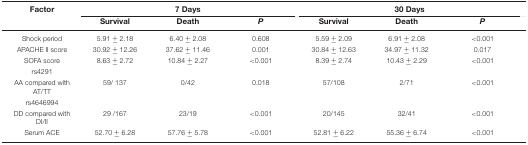
| Factor | <COLSPAN=3> 7 Days | <COLSPAN=3> 30 Days |
 |  | Survival | Death | P | Survival | Death | P |
 | --- | --- | --- | --- | --- | --- | --- |
 | Shock period | 5.91 ± 2.18 | 6.40 ± 2.08 | 0.608 | 5.59 ± 2.09 | 6.91 ± 2.08 | <0.001 |
 | APACHE II score | 30.92 ± 12.26 | 37.62 ± 11.46 | 0.001 | 30.84 ± 12.63 | 34.97 ± 11.32 | 0.017 |
 | SOFA score | 8.63 ± 2.72 | 10.84 ± 2.27 | <0.001 | 8.39 ± 2.74 | 10.43 ± 2.29 | <0.001 |
 | rs4291 |  |  |  |  |  |  |
 | AA compared with AT/TT | 59/ 137 | 0/42 | 0.018 | 57/108 | 2/71 | <0.001 |
 | rs4646994 |  |  |  |  |  |  |
 | DD compared with DI/II | 29 /167 | 23/19 | <0.001 | 20/145 | 32/41 | <0.001 |
 | Serum ACE | 52.70 ± 6.28 | 57.76 ± 5.78 | <0.001 | 52.81 ± 6.22 | 55.36 ± 6.74 | <0.001 |